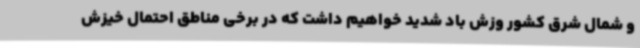
و شمال شرق کشور وزش باد شدید خواهیم داشت که در برخی مناطق احتمال خیزش